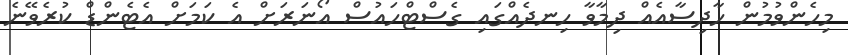
މިހެންވުމުން ހާދިސާއެއް ދިމާވާ ހިނދެއްގައި ގެސްޓްހައުސް އޯނަރަށް އެ ކަމަށް އެޓެންޑް ކުރެވޭނެ